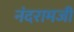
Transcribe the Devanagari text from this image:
नंदरामजी